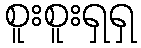
စူးစူးရှရှ